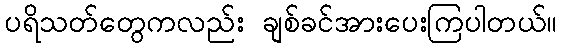
ပရိသတ်တွေကလည်း ချစ်ခင်အားပေးကြပါတယ်။